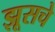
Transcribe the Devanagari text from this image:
झूसचे